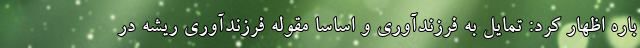
باره اظهار کرد: تمایل به فرزندآوری و اساساً مقوله فرزندآوری ریشه در